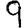
Digit: 9